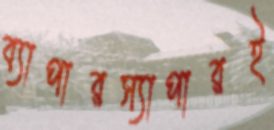
ব্যাপারস্যাপারই